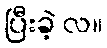
ပြီးခဲ့ လ။